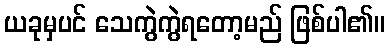
ယခုမှပင် သေကွဲကွဲရတော့မည် ဖြစ်ပါ၏။